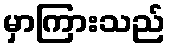
မှာကြားသည်